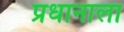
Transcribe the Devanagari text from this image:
प्रधानाला